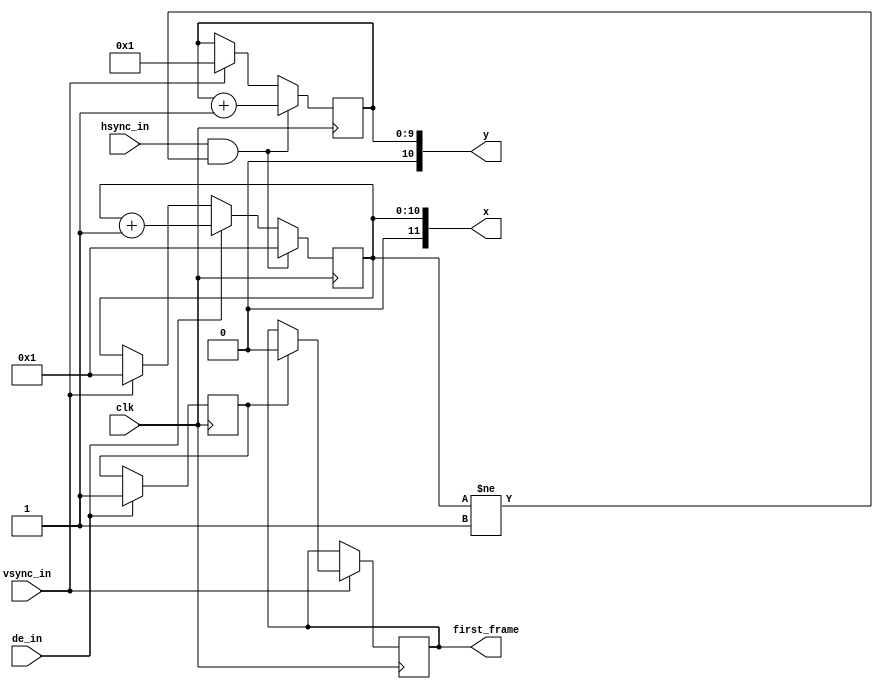
`timescale 1ns / 1ps
//////////////////////////////////////////////////////////////////////////////////
// Company: 
// Engineer: 
// 
// Design Name: 
// Module Name: pixel_position
// Project Name: 
// Target Devices: 
// Tool Versions: 
// Description: 
// 
// Dependencies: 
// 
// Revision:
// Revision 0.01 - File Created
// Additional Comments:
// 
//////////////////////////////////////////////////////////////////////////////////


module pixel_position(

    input clk,
    input de_in,
    input hsync_in,
    input vsync_in,
    
    output [11 : 0] x,
    output [10 : 0] y,
    output first_frame
);


    reg [10 : 0] x_pos = 1;
    reg [9 : 0] y_pos = 1;
    reg first_frame_reg = 1;
    reg valid_pixel_existed = 0;
    
    
    always @(posedge clk)
    begin
        
        if(vsync_in == 1)
        begin
            
            if(valid_pixel_existed)
                first_frame_reg <= 0;
                
            x_pos <= 1;
            y_pos <= 1;
        end
        
        if(de_in == 1)
        begin
            valid_pixel_existed <= 1;
            x_pos <= x_pos + 1;        
        end
        
        if(hsync_in == 1 && x_pos != 1)
        begin
        
            x_pos <= 1;
            y_pos <= y_pos + 1;
        end  
    end
    
    
    assign x = x_pos;
    assign y = y_pos;
    assign first_frame = first_frame_reg;
endmodule